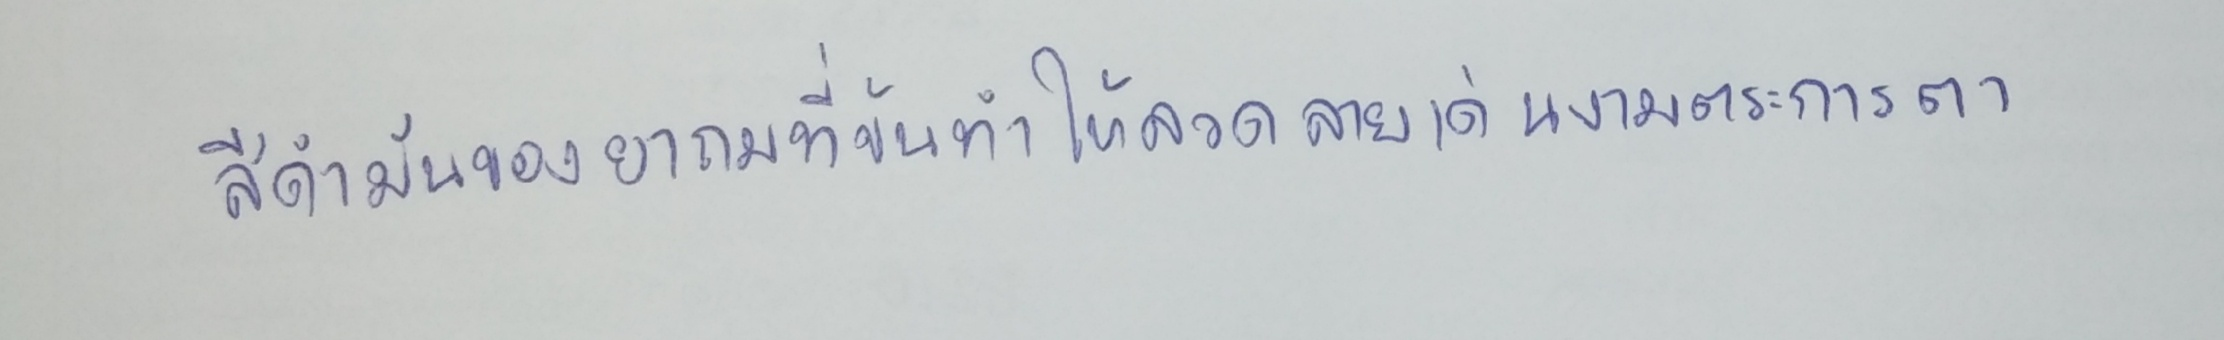
สีดำมันของยาถมที่ข้นทำให้ลวดลายเด่นงามตระการตา